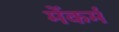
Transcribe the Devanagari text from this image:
मेंकर्म